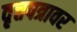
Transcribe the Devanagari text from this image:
वृत्तपत्रावर